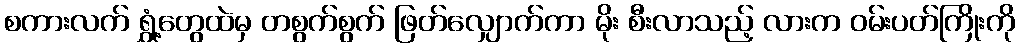
စကားလက် ရွှံ့တွေထဲမှ တစွက်စွက် ဖြတ်လျှောက်ကာ မိုး စီးလာသည့် လားက ဝမ်းပတ်ကြိုးကို